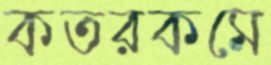
কতরকমে